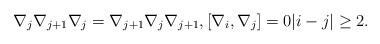
LaTeX: \begin{gather*}\nabla_j\nabla_{j+1}\nabla_j=\nabla_{j+1}\nabla_j\nabla_{j+1}, [\nabla_i,\nabla_j]=0 |i-j| \ge 2. \end{gather*}